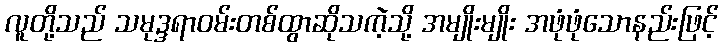
လူတို့သည် သမုဒ္ဒရာဝမ်းတစ်ထွာဆိုသကဲ့သို့ အမျိုးမျိုး အဖုံဖုံသောနည်းဖြင့်